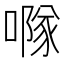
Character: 𠾕